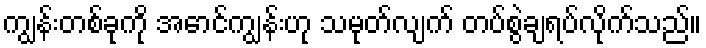
ကျွန်းတစ်ခုကို အောင်ကျွန်းဟု သမုတ်လျက် တပ်စွဲချရပ်လိုက်သည်။